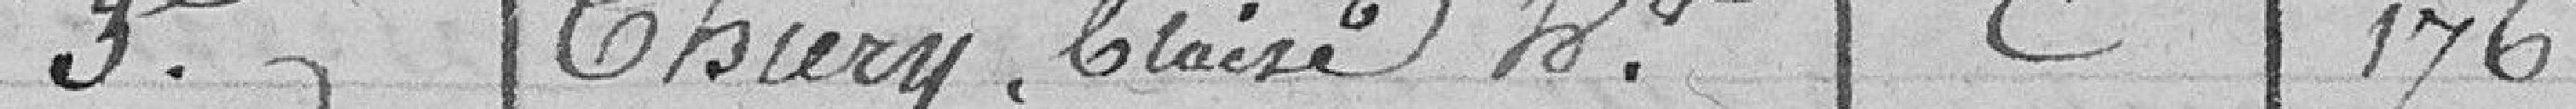
3e Thiery Claire  C 176